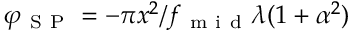
\varphi _ { \mathrm { ~ S ~ P ~ } } = - \pi x ^ { 2 } / f _ { \mathrm { ~ m ~ i ~ d ~ } } \lambda ( 1 + \alpha ^ { 2 } )